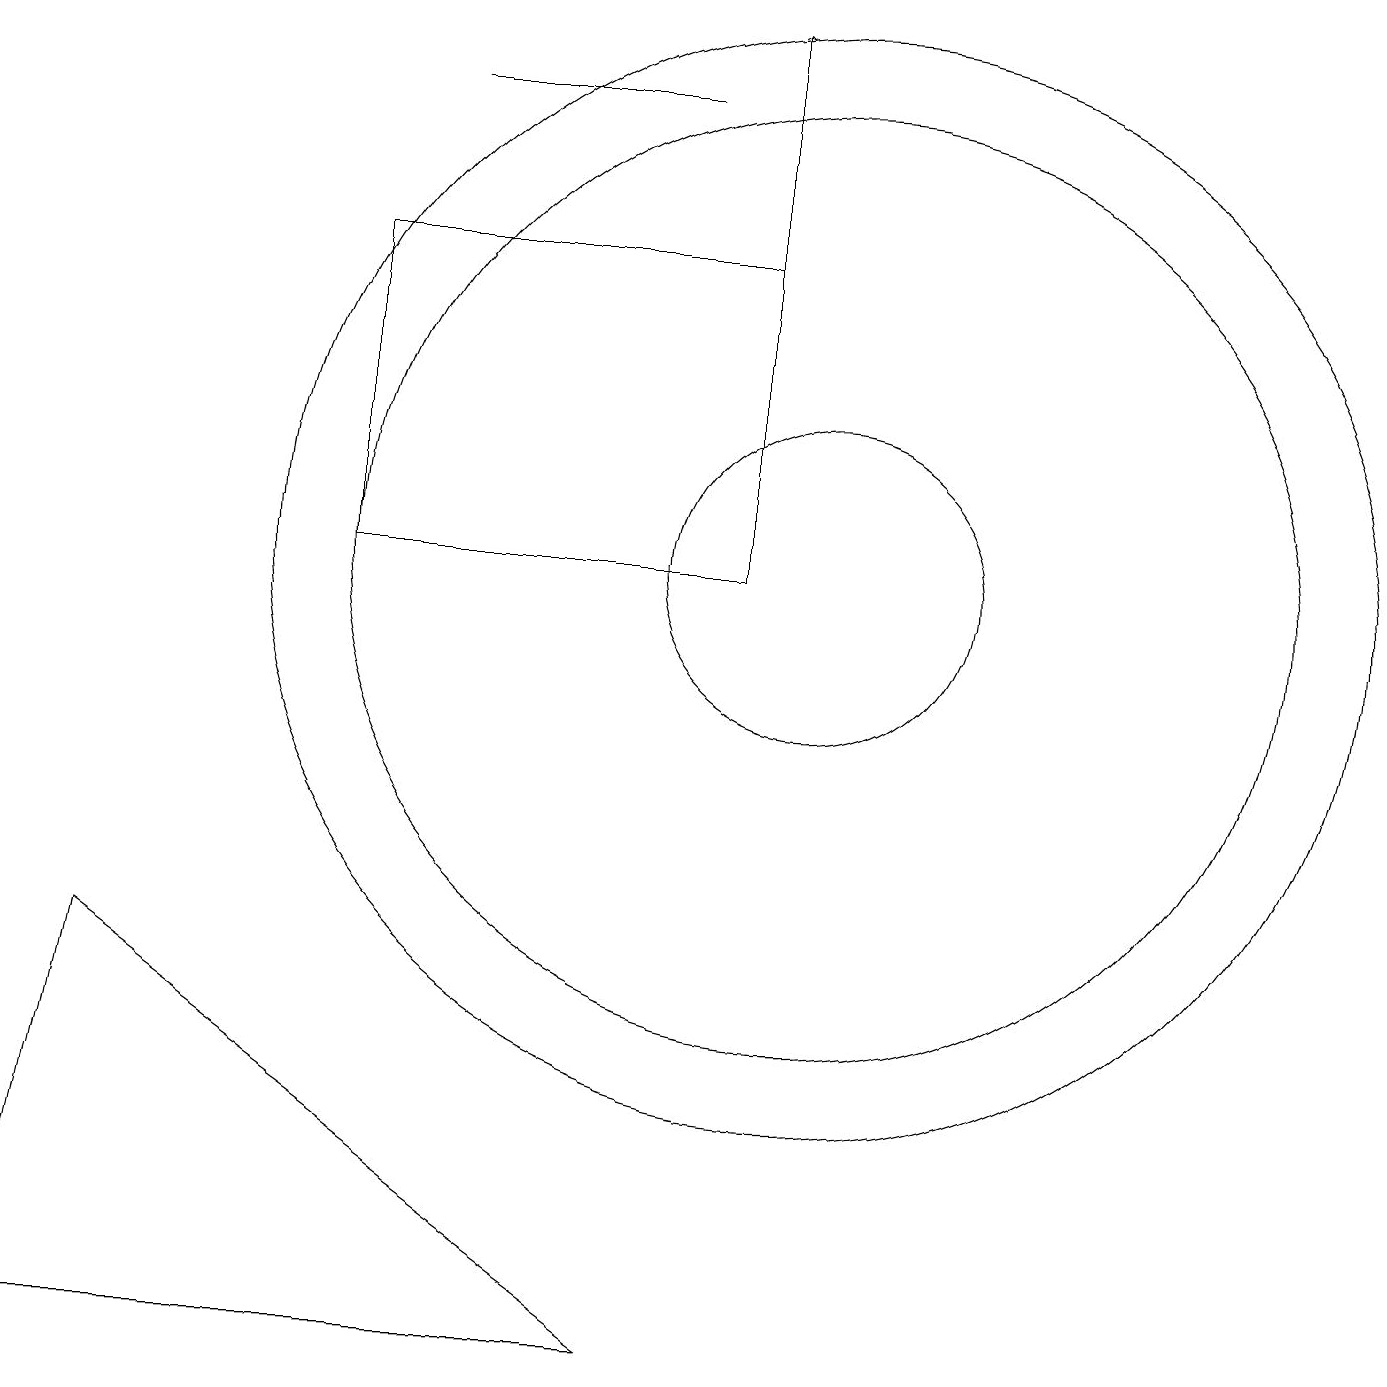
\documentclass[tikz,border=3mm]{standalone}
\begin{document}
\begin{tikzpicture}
\draw (0,1) -- (8,1) -- (1,6) -- cycle;
\draw (10,11) circle (2);
\draw (8,17) rectangle (5,17);
\draw[->] (9,15) -- (9,18);
\draw (12,11) circle (0);
\draw (10,11) circle (7);
\draw (4,15) rectangle (9,11);
\draw (10,11) circle (6);
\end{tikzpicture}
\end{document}